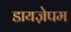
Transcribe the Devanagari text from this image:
डायज़ेपम